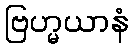
ဗြဟ္မယာနံ